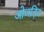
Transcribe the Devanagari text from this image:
ओजड़िय